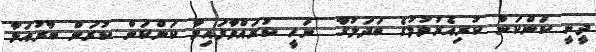
ދީނީ ކަންކަން ކުރިއެރުވުމުގެ ބަދަލުގާ  ނަހީ ކުރައްވާފައިވާ ކަންކަން ކުރަން ބާރުއަޅާ